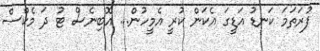
ފުރަތަމަ ކަނޑު އަޑީގަ އެކަން ކުރީ އެމީހުން... އޮބިނެސް ޓު ދަ މެކްސް